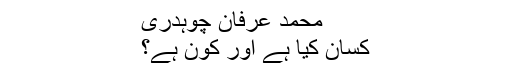
محمد عرفان چوہدری
کسان کیا ہے اور کون ہے؟